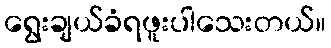
ရွေးချယ်ခံရဖူးပါသေးတယ်။